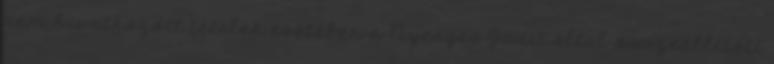
nem hivatkozott tételek esetében a Nyerges Judit által összeállított